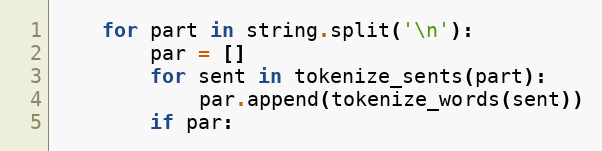
Language: Python
    for part in string.split('\n'):
        par = []
        for sent in tokenize_sents(part):
            par.append(tokenize_words(sent))
        if par: